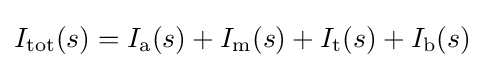
I_{\text{tot}}(s)=I_{\text{a}}(s)+I_{\text{m}}(s)+I_{\text{t}}(s)+I_{\text{b}}(s)